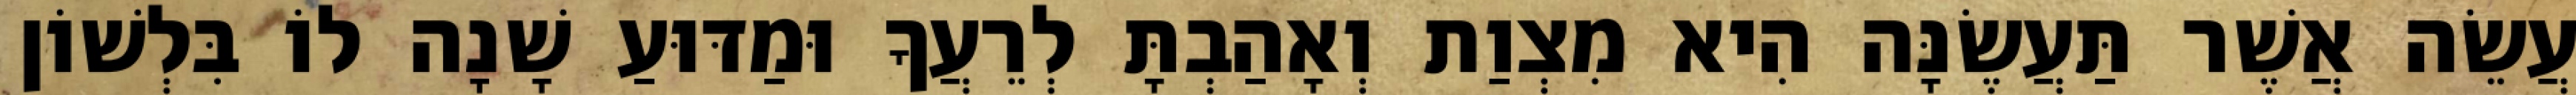
עֲשֵׂה אֲשֶׁר תַּעֲשֶׂנָּה הִיא מִצְוַת וְאָהַבְתָּ לְרֵעֲךָ וּמַדּוּעַ שָׁנָה לוֹ בִּלְשׁוֹן